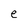
Character: e